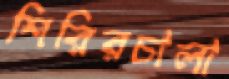
শিরিরচালা